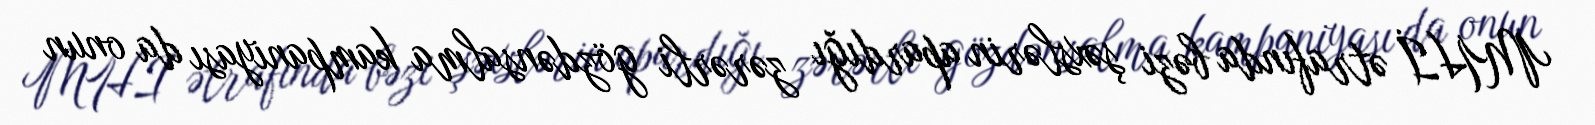
MHİ ətrafında bəzi şəxslərin apardığı zərərli gözdənsalma kampaniyası da onun